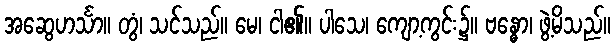
အဆွေဟင်္သာ။ တွံ၊ သင်သည်။ မေ၊ ငါ၏။ ပါသေ၊ ကျော့ကွင်း၌။ ဗန္ဓော၊ ဖွဲ့မိသည်။